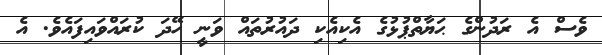
ވެސް އެ ރަދުންގެ ޙަޔާތްޕުޅުގެ އެކިއެކި ދައުރުތައް ވަނީ ހޭދަ ކުރައްވައިފައެވެ. އެ